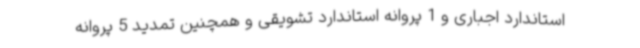
استاندارد اجباری و 1 پروانه استاندارد تشویقی و همچنین تمدید 5 پروانه